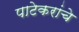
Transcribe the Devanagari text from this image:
पाटेकरांचे